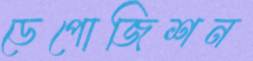
ডেপোজিশন